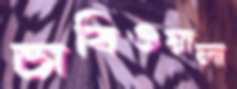
চাবিওয়ালা